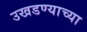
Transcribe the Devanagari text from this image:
उखडण्याच्या